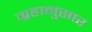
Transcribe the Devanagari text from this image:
ग्रहानुसार